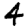
Digit: 4